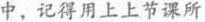
中，记得用上上节课所